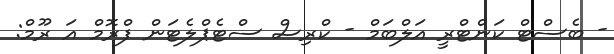
- ބެސްޓް ކަންޓްރީ އަލްބަމް - ކްރިސް ސްޓެޕްލެޓަން ފްރޮމް އަ ރޫމް: